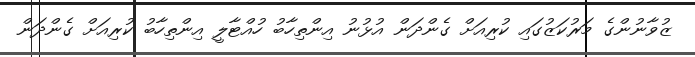
ޒުވާނުންގެ މަރުކަޒުގައި ކުރިއަށް ގެންދަން އުޅުނު އިންތިހާބު ހުއްޓާލީ އިންތިހާބު ކުރިއަށް ގެންދަން